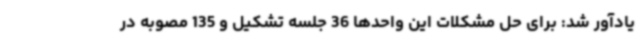
یادآور شد: برای حل مشکلات این واحدها 36 جلسه تشکیل و 135 مصوبه در